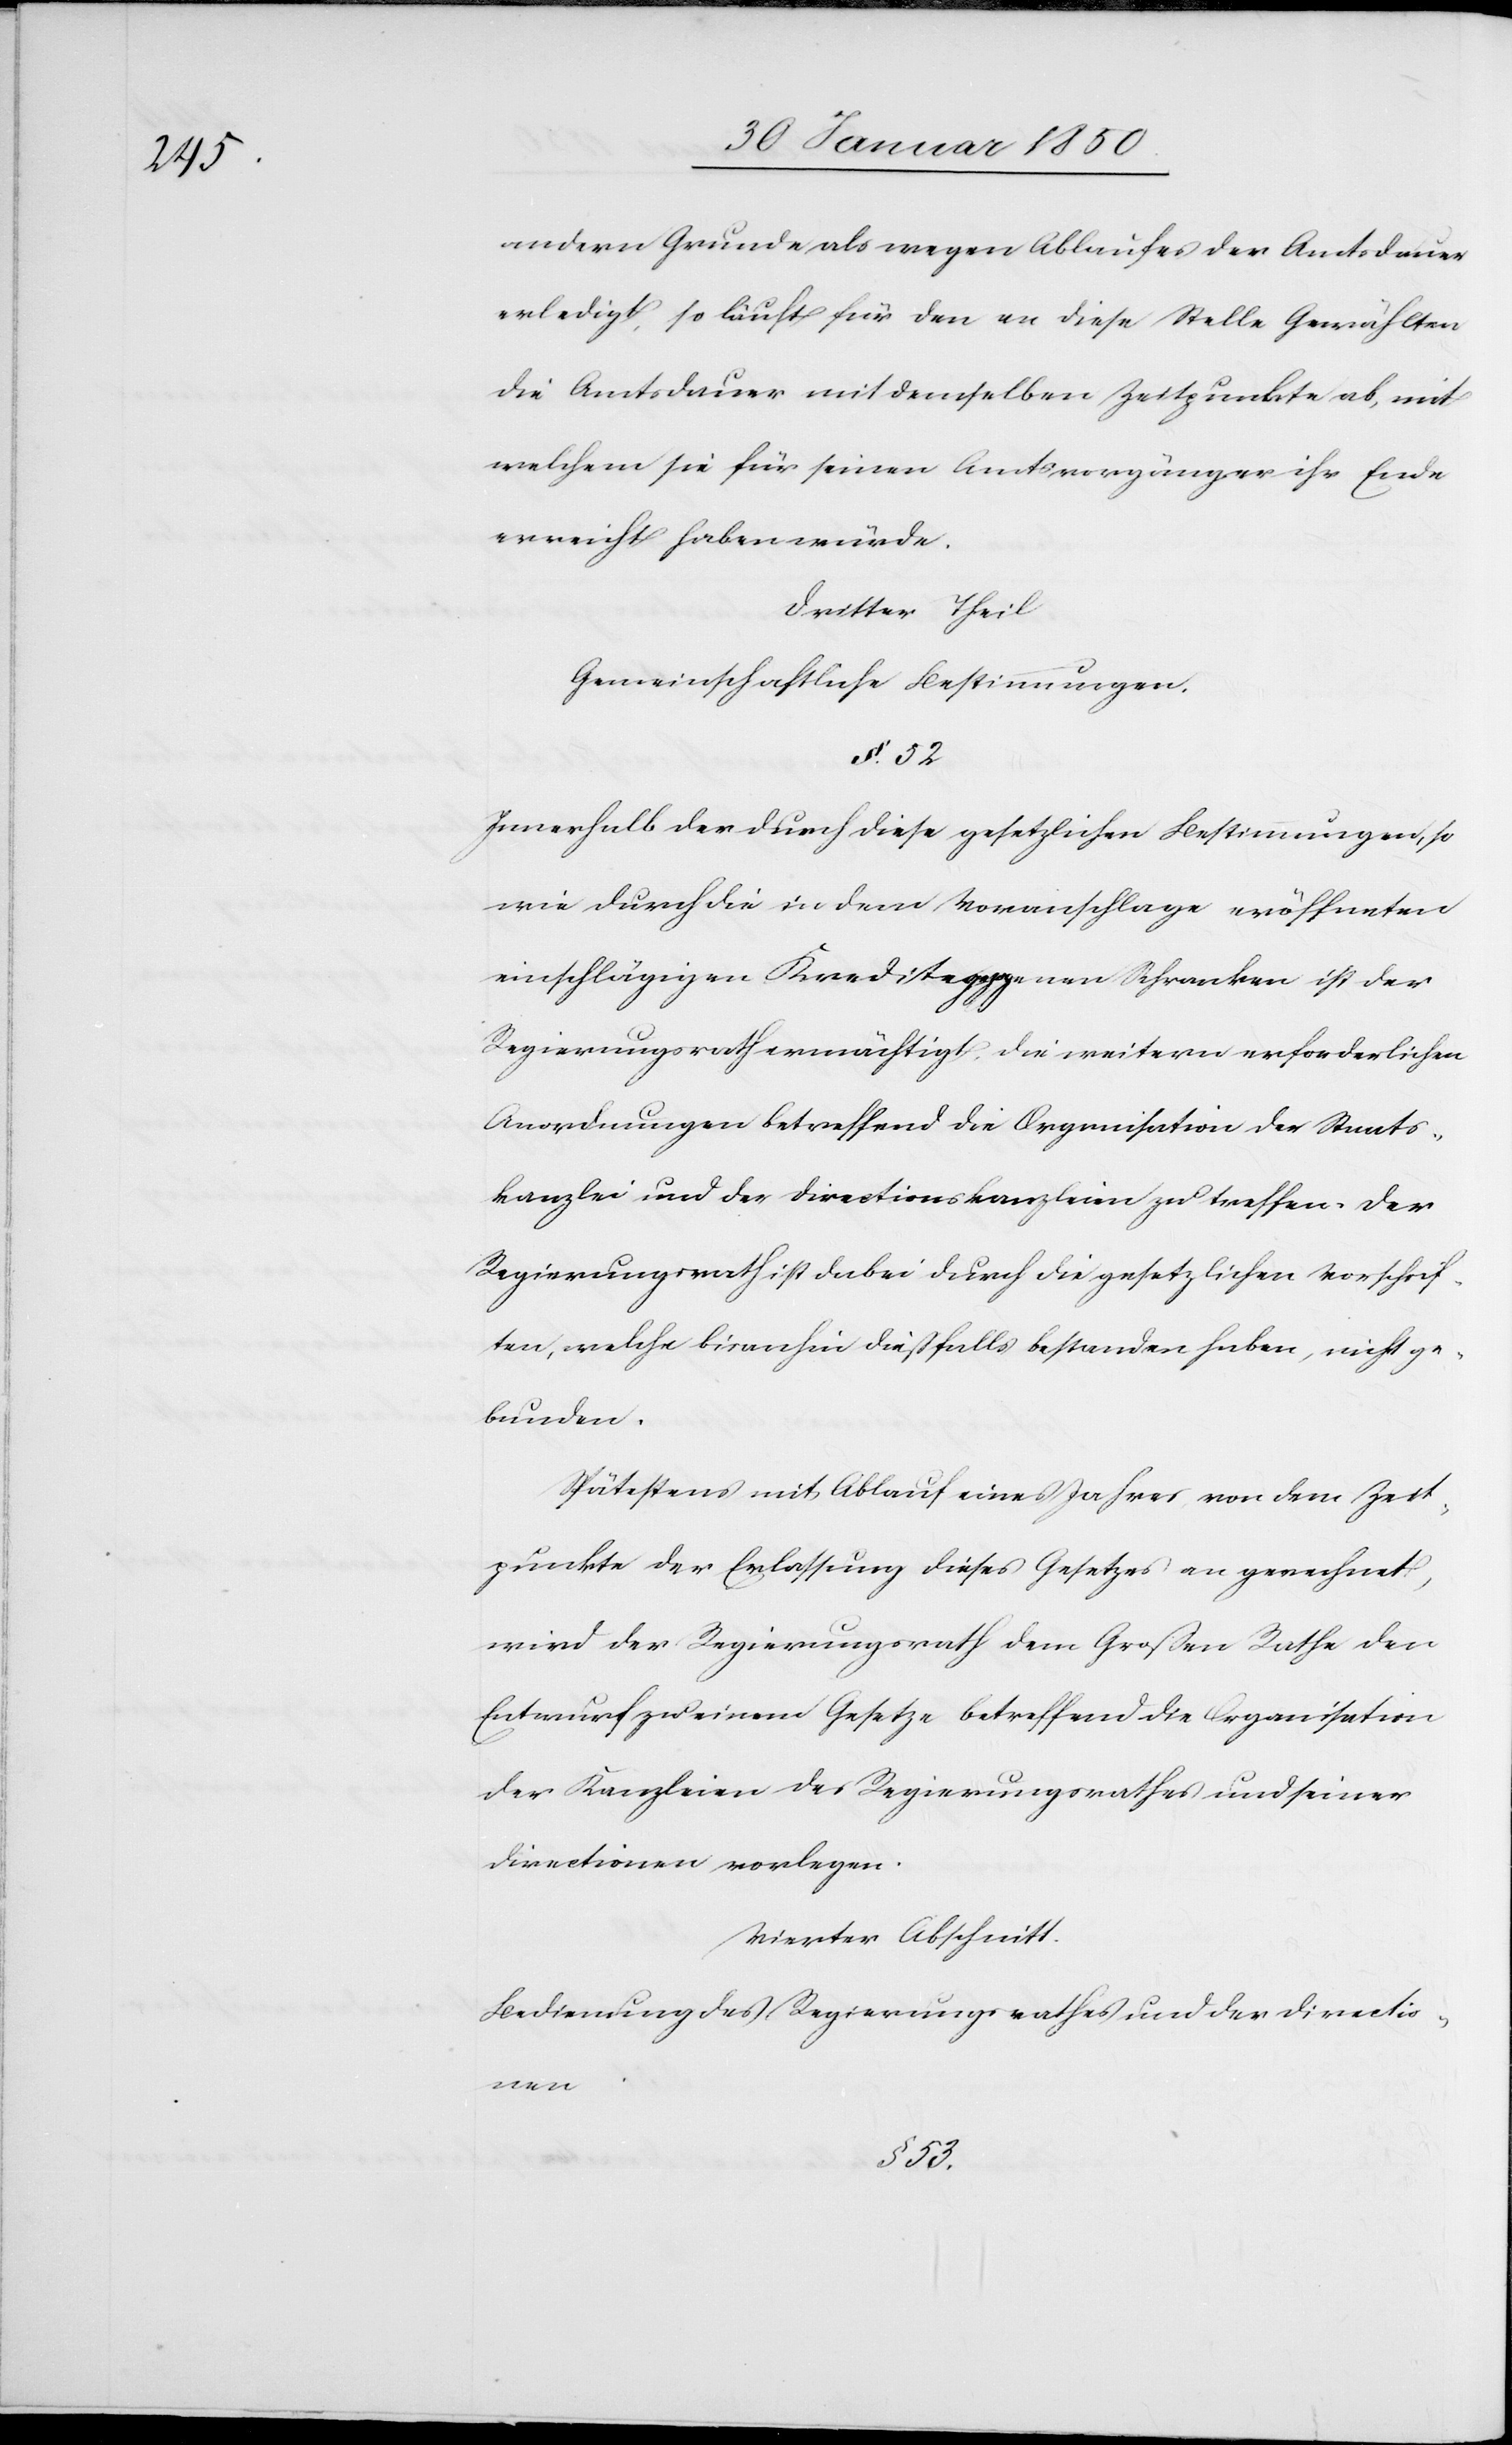
andern Grunde als wegen Ablaufes der Amtsdauer
erledigt, so läuft für den an diese Stelle Gewählten
die Amtsdauer mit demselben Zeitpunkte ab, mit
welchem sie für seinen Amtsvorgänger ihr Ende
erreicht haben würde.
Dritter Theil
Gemeinschaftliche Bestimmungen.
§. 52.
Innerhalb der durch diese gesetzlichen Bestimmungen, so
wie durch die in dem Voranschlage eröffneten
einschlägigen Kredite gezogenen Schranken ist der
Regierungsrath ermächtigt, die weitern erforderlichen
Anordnungen betreffend die Organisation der Staats¬
kanzlei und der Directionskanzleien zu treffen. Der
Regierungsrath ist dabei durch die gesetzlichen Vorschrif¬
ten, welche bisanhin dießfalls bestanden haben, nicht ge¬
bunden.
Spätestens mit Ablauf eines Jahres von dem Zeit¬
punkte der Erlassung dieses Gesetzes an gerechnet,
wird der Regierungsrath dem Großen Rathe den
Entwurf zu einem Gesetze betreffend die Organisation
der Kanzleien des Regierungsrathes und seiner
Directionen vorlegen.
Vierter Abschnitt.
Bedienung des Regierungsrathes und der Directio¬
nen
§. 53.